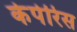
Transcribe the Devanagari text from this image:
केपेरिस